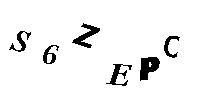
S6ZEPC